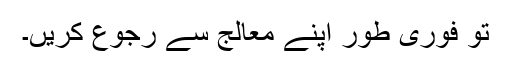
تو فوری طور اپنے معالج سے رجوع کریں۔